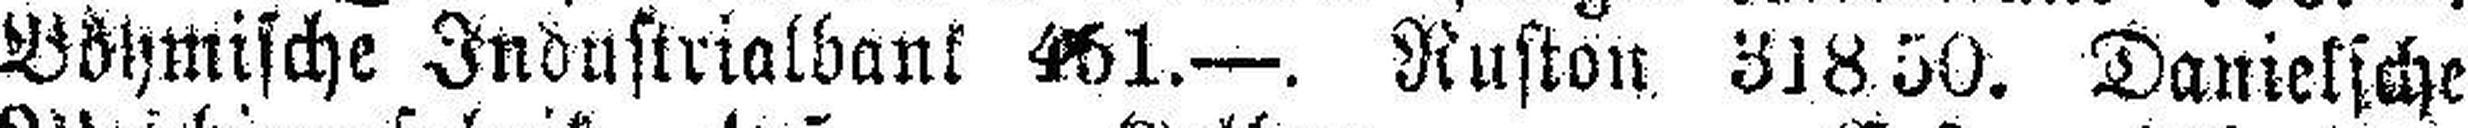
Böhmische Industrialbank 461.—. Ruston 318.50. Danielsche